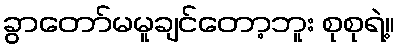
ခွာတော်မမူချင်တော့ဘူး စုစုရဲ့။